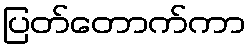
ပြတ်တောက်ကာ